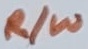
Text: R/W